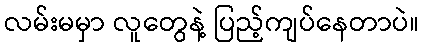
လမ်းမမှာ လူတွေနဲ့ ပြည့်ကျပ်နေတာပဲ။